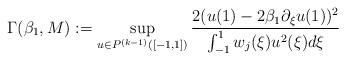
LaTeX: \begin{align*}\Gamma(\beta_1, M): =\sup_{u\in P^{(k-1)}([-1, 1])}\frac{2(u(1)-2\beta_1\partial_\xi u(1))^2}{\int_{-1}^1 w_j(\xi)u^2(\xi)d\xi}\end{align*}